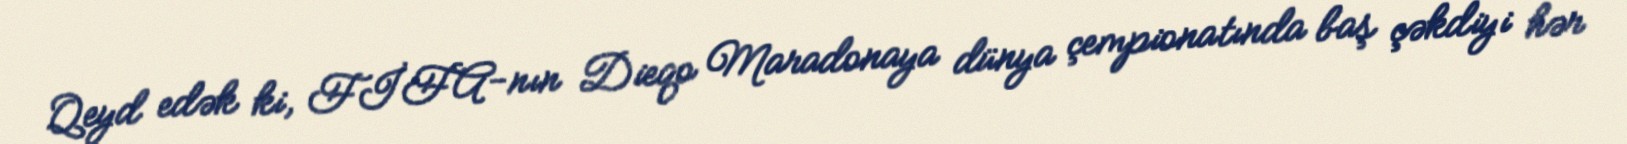
Qeyd edək ki, FİFA-nın Dieqo Maradonaya dünya çempionatında baş çəkdiyi hər